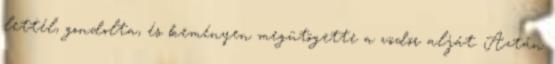
lettél, gondolta, és keményen megütögette a vödör alját. Aztán